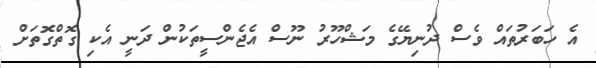
އެ ހަބަރުތައް ވެސް ދުނިޔޭގެ މަޝްހޫރު ނޫސް އެޖެންސީތަކުން ދަނީ އެކި ގޮތްގޮތަށް